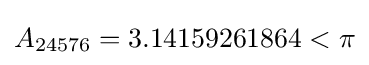
A_{24576}=3.14159261864<\pi